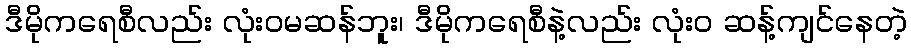
ဒီမိုကရေစီလည်း လုံးဝမဆန်ဘူး၊ ဒီမိုကရေစီနဲ့လည်း လုံးဝ ဆန့်ကျင်နေတဲ့